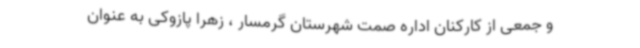
و جمعی از کارکنان اداره صمت شهرستان گرمسار ، زهرا پازوکی به عنوان